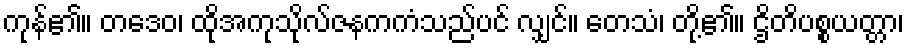
ကုန်၏။ တဒေဝ၊ ထိုအကုသိုလ်ဇနကကံသည်ပင် လျှင်။ တေသံ၊ တို့၏။ ဌိတိပစ္စယတ္တာ၊